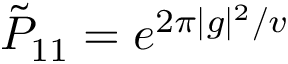
{ \tilde { P } } _ { 1 1 } = e ^ { 2 \pi | g | ^ { 2 } / v }